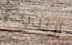
إرتديت